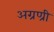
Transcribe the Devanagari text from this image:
अग्रण्री